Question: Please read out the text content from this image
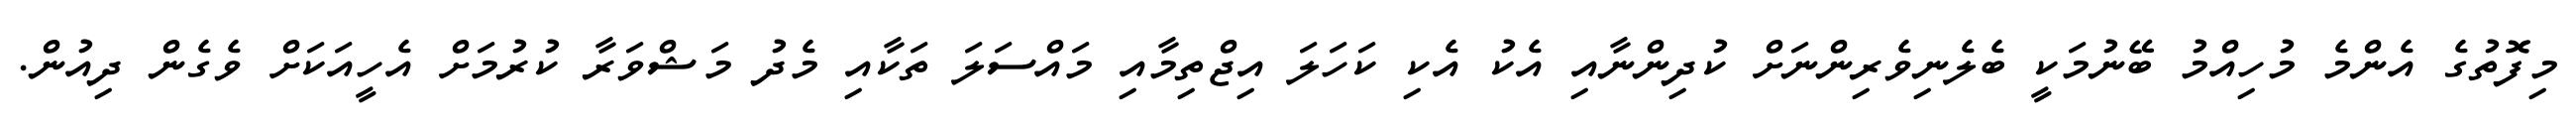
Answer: މިފޮތުގެ އެންމެ މުހިއްމު ބޭނުމަކީ ބެލެނިވެރިންނަށް ކުދިންނާއި އެކު އެކި ކަހަލަ އިޖްތިމާއި މައްސަލަ ތަކާއި މެދު މަޝްވަރާ ކުރުމަށް އެހީއަކަށް ވެގެން ދިއުން.